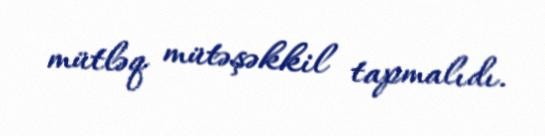
mütləq mütəşəkkil tapmalıdı.